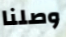
وصلنا